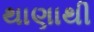
થાણાથી